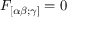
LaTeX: F _ { [ \alpha \beta ; \gamma ] } = 0